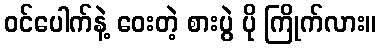
ဝင်ပေါက်နဲ့ ဝေးတဲ့ စားပွဲ ပို ကြိုက်လား။